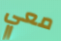
معي